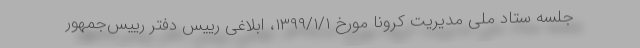
جلسه ستاد ملی مدیریت کرونا مورخ ۱۳۹۹/۱/۱، ابلاغی رییس دفتر رییس‌جمهور